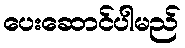
ပေးဆောင်ပါမည်